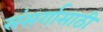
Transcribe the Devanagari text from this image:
संसर्गासाठी